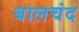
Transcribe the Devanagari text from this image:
बालचंद